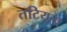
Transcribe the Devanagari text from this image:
तटियता